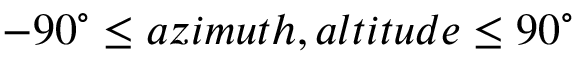
- 9 0 ^ { \circ } \leq a z i m u t h , a l t i t u d e \leq 9 0 ^ { \circ }